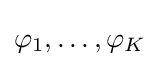
\varphi _{1},\dots ,\varphi _{K}